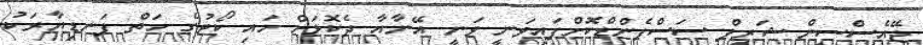
ޖޭއެސްސީން ޝަރީފް ސަސްޕެންޑްކޮށްފައިވަނީ ވަނީ އޭނާއާ ދެކޮޅަށް ހައި ކޯޓުގެ ހަތް ފަނޑިޔާރަކު